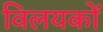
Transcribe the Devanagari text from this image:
विलयकों